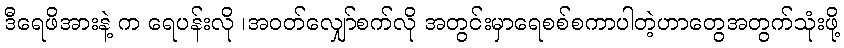
ဒီရေဖိအားနဲ့ က ရေပန်းလို ၊အဝတ်လျှော်စက်လို အတွင်းမှာရေစစ်စကာပါတဲ့ဟာတွေအတွက်သုံးဖို့